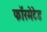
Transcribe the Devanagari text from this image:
फॉरमेटेड